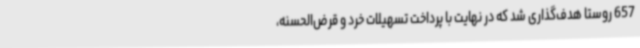
657 روستا هدف‌گذاری شد که در نهایت با پرداخت تسهیلات خرد و قرض‌الحسنه،